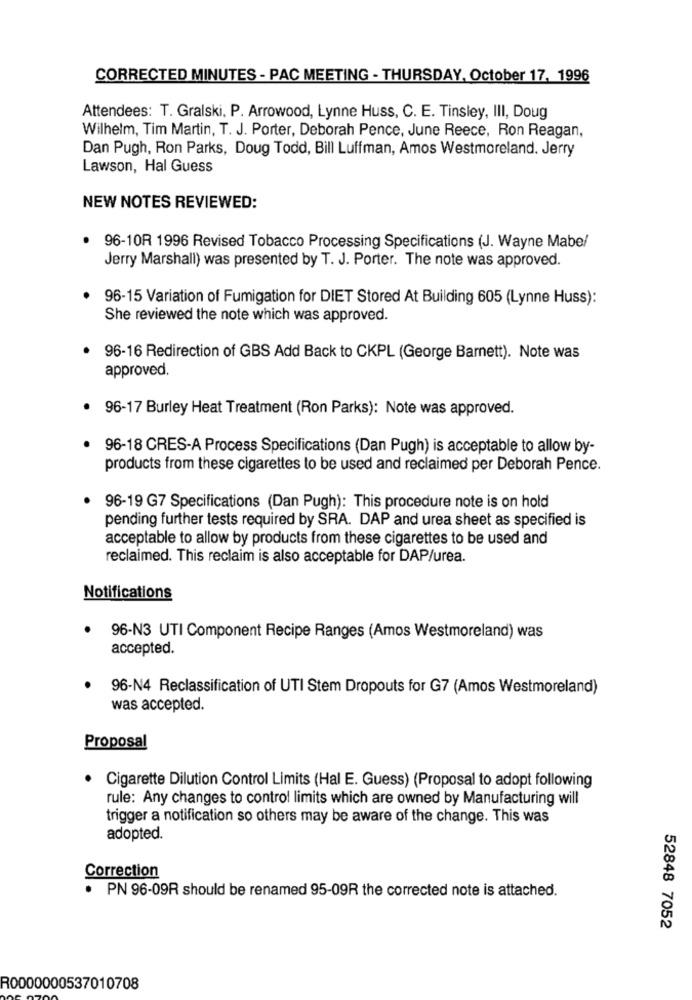
CORRECTED MINUTES - PAC MEETING - THURSDAY, October 17, 1996
Attendees: T. Gralski, P. Arrowood, Lynne Huss, C. E. Tinsley, III, Doug
Wilhelm, Tim Martin, T. J. Porter, Deborah Pence, June Reece, Ron Reagan,
Dan Pugh, Ron Parks, Doug Todd, Bill Luffman, Amos Westmoreland. Jerry
Lawson, Hal Guess
NEW NOTES REVIEWED:
96-10R 1996 Revised Tobacco Processing Specifications (J. Wayne Mabel
Jerry Marshall) was presented by T. J. Porter. The note was approved.
96-15 Variation of Fumigation for DIET Stored At Building 605 (Lynne Huss):
She reviewed the note which was approved.
· 96-16 Redirection of GBS Add Back to CKPL (George Barnett). Note was
approved.
. 96-17 Burley Heat Treatment (Ron Parks): Note was approved.
96-18 CRES-A Process Specifications (Dan Pugh) is acceptable to allow by-
products from these cigarettes to be used and reclaimed per Deborah Pence.
96-19 G7 Specifications (Dan Pugh): This procedure note is on hold
pending further tests required by SRA. DAP and urea sheet as specified is
acceptable to allow by products from these cigarettes to be used and
reclaimed. This reclaim is also acceptable for DAP/urea.
Notifications
96-N3 UTI Component Recipe Ranges (Amos Westmoreland) was
accepted.
96-N4 Reclassification of UTI Stem Dropouts for G7 (Amos Westmoreland)
was accepted.
Proposal
· Cigarette Dilution Control Limits (Hal E. Guess) (Proposal to adopt following
rule: Any changes to control limits which are owned by Manufacturing will
trigger a notification so others may be aware of the change. This was
adopted.
Correction
. PN 96-09R should be renamed 95-09R the corrected note is attached.
52848 7052
R0000000537010708